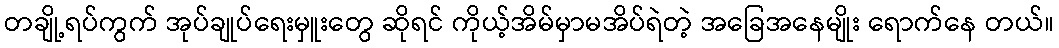
တချို့ရပ်ကွက် အုပ်ချုပ်ရေးမှူးတွေ ဆိုရင် ကိုယ့်အိမ်မှာမအိပ်ရဲတဲ့ အခြေအနေမျိုး ရောက်နေ တယ်။